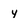
Character: y